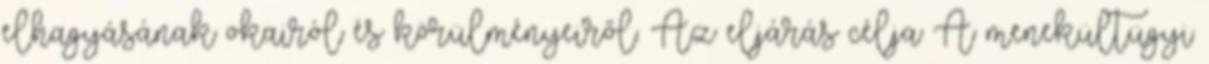
elhagyásának okairól és körülményeiről. Az eljárás célja A menekültügyi